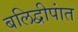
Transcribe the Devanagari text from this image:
बलिद्वीपांत